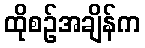
ထိုစဉ်အချိန်က